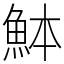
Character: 䱁